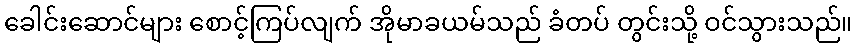
ခေါင်းဆောင်များ စောင့်ကြပ်လျက် အိုမာခယမ်သည် ခံတပ် တွင်းသို့ ဝင်သွားသည်။